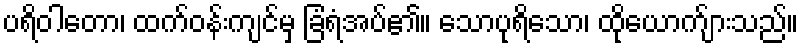
ပရိဝါတော၊ ထက်ဝန်းကျင်မှ ခြံရံအပ်၏။ သောပုရိသော၊ ထိုယောက်ျားသည်။